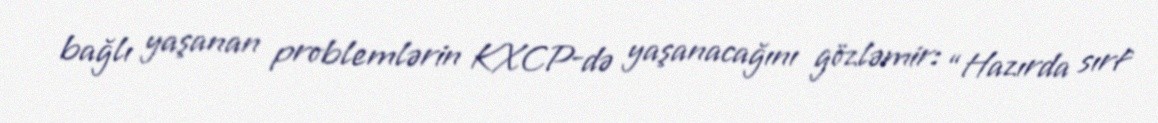
bağlı yaşanan problemlərin KXCP-də yaşanacağını gözləmir: “Hazırda sırf